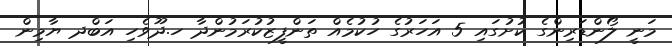
މަނީ ލޯންޑަރިންގެ ކުށުގައި 5 އަހަރުގެ ހުކުމެއް ތަންފީޒުކުރަމުންދާ ހ.ދޫވެހި އަބްދ ޔާމިން